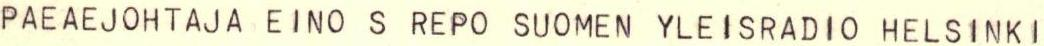
PAEAEJOHTAJA EINO S REPO SUOMEN YLEISRADIO HELSINKI